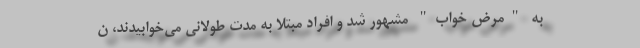
به "مرض خواب" مشهور شد و افراد مبتلا به مدت طولانی می‌خوابیدند، ن